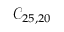
\mathcal { C } _ { 2 5 , 2 0 }